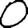
Digit: 0